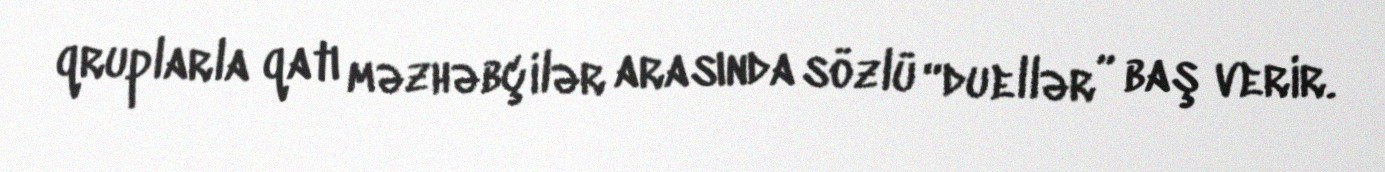
qruplarla qatı məzhəbçilər arasında sözlü “duellər” baş verir.